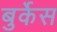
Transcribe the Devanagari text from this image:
बुर्केस